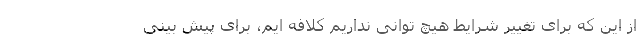
از این که برای تغییر شرایط هیچ توانی نداریم کلافه ایم، برای پیش بینی